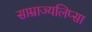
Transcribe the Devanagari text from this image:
साम्राज्यलिप्सा